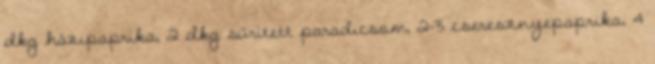
dkg házipaprika, 2 dkg sűrített paradicsom, 2-3 cseresznyepaprika, 4